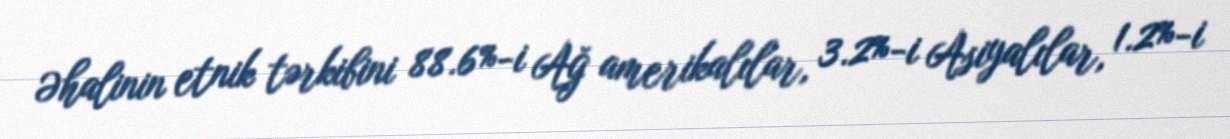
Əhalinin etnik tərkibini 88.6%-i Ağ amerikalılar, 3.2%-i Asiyalılar, 1.2%-i